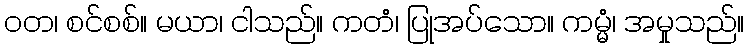
ဝတ၊ စင်စစ်။ မယာ၊ ငါသည်။ ကတံ၊ ပြုအပ်သော။ ကမ္မံ၊ အမှုသည်။